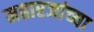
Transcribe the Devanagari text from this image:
महारजांच्या